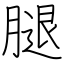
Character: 腿